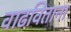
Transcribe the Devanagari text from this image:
वाढविताना